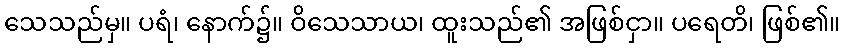
သေသည်မှ။ ပရံ၊ နောက်၌။ ဝိသေသာယ၊ ထူးသည်၏ အဖြစ်ငှာ။ ပရေတိ၊ ဖြစ်၏။